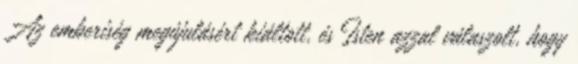
Az emberiség megújulásért kiáltott, és Isten azzal válaszolt, hogy